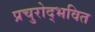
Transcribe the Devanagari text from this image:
प्रचुरोद्भवित